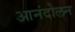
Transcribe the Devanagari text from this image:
आनंदोलन